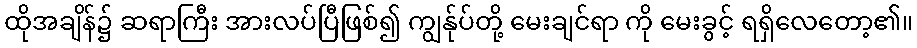
ထိုအချိန်၌ ဆရာကြီး အားလပ်ပြီဖြစ်၍ ကျွန်ုပ်တို့ မေးချင်ရာ ကို မေးခွင့် ရရှိလေတော့၏။